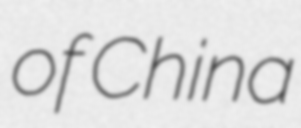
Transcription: of China